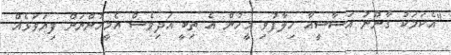
"އެކަމަކު ގާނޫނު އަސާސީއާ ހިލާފުވި މީހުން އެ ތިބީ އަދިވެސް އެމީހުންނަށް ފިޔަވަޅެއް